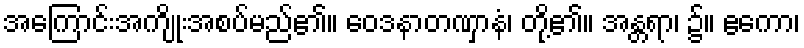
အကြောင်းအကျိုးအစပ်မည်၏။ ဝေဒနာတဏှာနံ၊ တို့၏။ အန္တရာ၊ ၌။ ဧကော၊